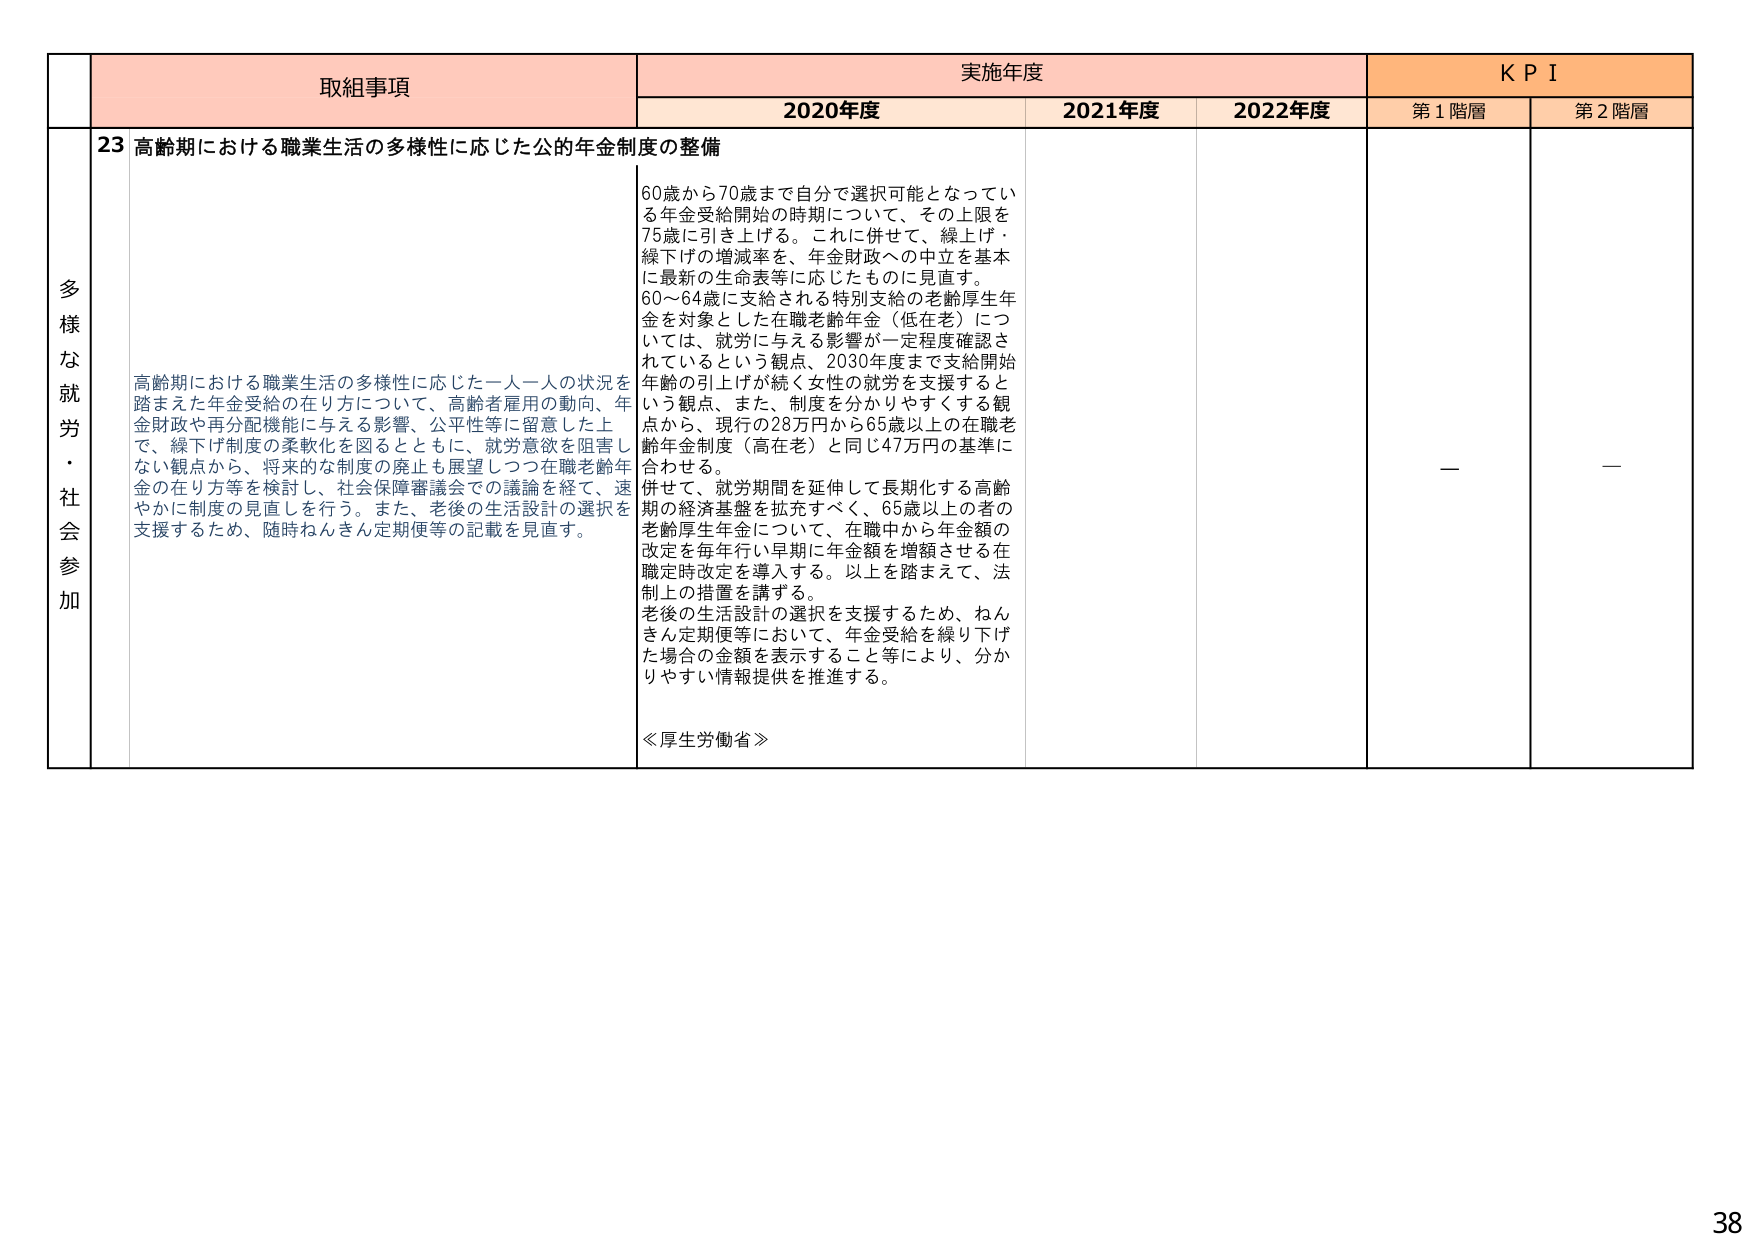
多様な就労・社会参加

取組事項
23 高齢期における職業生活の多様性に応じた公的年金制度の整備

高齢期における職業生活の多様性に応じた一人一人の状況を踏まえた年金受給の在り方について、高齢者雇用の動向、年金財政や再分配機能に与える影響、公平性等に留意した上で、繰下げ制度の柔軟化を図るとともに、就労意欲を阻害しない観点から、将来的な制度の廃止も展望しつつ在職老齢年金の在り方等を検討し、社会保障審議会での議論を経て、速やかに制度の見直しを行う。また、老後の生活設計の選択を支援するため、随時ねんきん定期便等の記載を見直す。

実施年度
2020年度
60歳から70歳まで自分で選択可能となっている年金受給開始の時期について、その上限を75歳に引き上げる。これに併せて、繰上げ・繰下げの増減率を、年金財政への中立を基本に最新の生命表等に応じたものに見直す。
60～64歳に支給される特別支給の老齢厚生年金を対象とした在職老齢年金（低在老）については、就労に与える影響が一定程度確認されているという観点、2030年度まで支給開始年齢の引上げが続く女性の就労を支援するという観点、また、制度を分かりやすくする観点から、現行の28万円から65歳以上の在職老齢年金制度（高在老）と同じ47万円の基準に合わせる。
併せて、就労期間を延伸して長期化する高齢期の経済基盤を拡充すべく、65歳以上の者の老齢厚生年金について、在職中から年金額の改定を毎年行い早期に年金額を増額させる在職定時改定を導入する。以上を踏まえて、法制上の措置を講ずる。
老後の生活設計の選択を支援するため、ねんきん定期便等において、年金受給を繰り下げた場合の金額を表示すること等により、分かりやすい情報提供を推進する。
≪厚生労働省≫

2021年度
2022年度

KPI
第1階層
ー
第2階層
ー

38